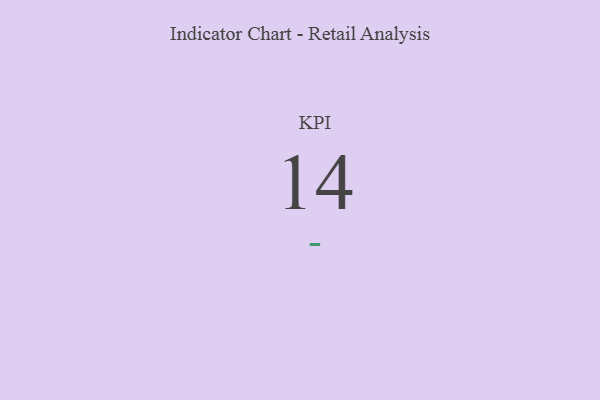
{"axis": {"x": "KPI", "y": "Value"}, "legend": [""], "data": [{"x": "KPI", "y": 14, "type": ""}]}